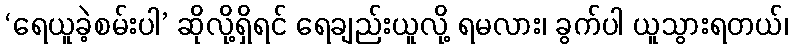
‘ရေယူခဲ့စမ်းပါ’ ဆိုလို့ရှိရင် ရေချည်းယူလို့ ရမလား၊ ခွက်ပါ ယူသွားရတယ်၊